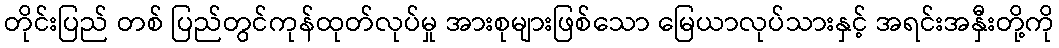
တိုင်းပြည် တစ် ပြည်တွင်ကုန်ထုတ်လုပ်မှု အားစုများဖြစ်သော မြေယာလုပ်သားနှင့် အရင်းအနှီးတို့ကို